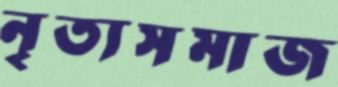
নৃত্যসমাজ